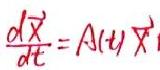
$\frac{\partial \vec{X}}{\partial t}=A(t)\vec{X}$